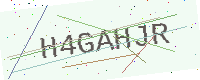
Text: H4GAHJR